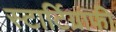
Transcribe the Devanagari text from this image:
स्टार्टिग्राफी